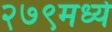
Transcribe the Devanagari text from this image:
२७९मध्ये